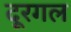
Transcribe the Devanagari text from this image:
दूरगल